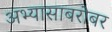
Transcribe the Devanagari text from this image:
अभ्यासाबरोबर